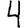
Digit: 4